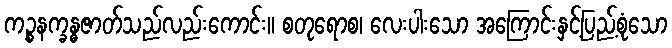
ကဉ္စနက္ခန္ဓဇာတ်သည်လည်းကောင်း။ စတုရောစ၊ လေးပါးသော အကြောင်းနှင့်ပြည့်စုံသော